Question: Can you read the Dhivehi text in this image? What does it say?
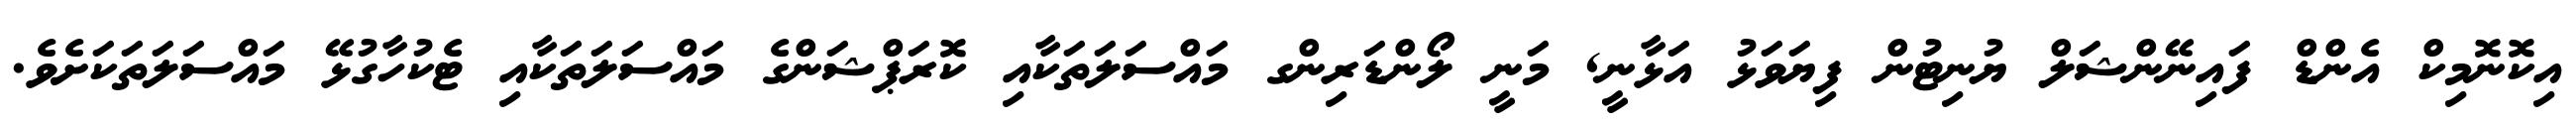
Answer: އިކޮނޮމިކް އެންޑް ފައިނޭންޝަލް ޔުނިޓުން ފިޔަވަޅު އަޅާނީ, މަނީ ލޯންޑަރިންގ މައްސަލަތަކާއި ކޮރަޕްޝަންގެ މައްސަލަތަކާއި ޓެކުހާގުޅޭ މައްސަލަތަކަށެވެ.